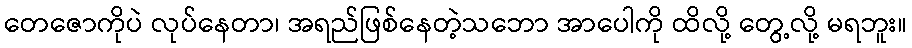
တေဇောကိုပဲ လုပ်နေတာ၊ အရည်ဖြစ်နေတဲ့သဘော အာပေါကို ထိလို့ တွေ့လို့ မရဘူး။